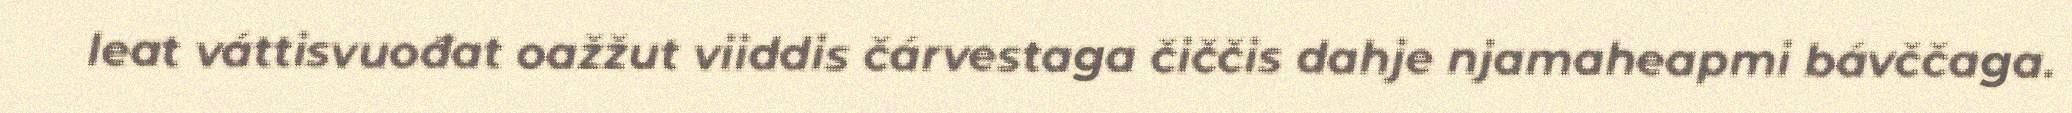
leat váttisvuođat oažžut viiddis čárvestaga čiččis dahje njamaheapmi bávččaga.